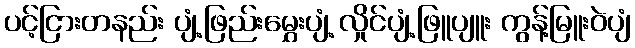
ပင့်ငြားတနည်း ပျံ့ဖြည်းမွှေးပျံ့ လှိုင်ပျံ့ဖြူပျူး ကွန့်မြူးဝဲပျံ